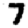
Digit: 7